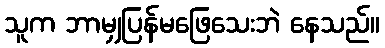
သူက ဘာမျှပြန်မဖြေသေးဘဲ နေသည်။